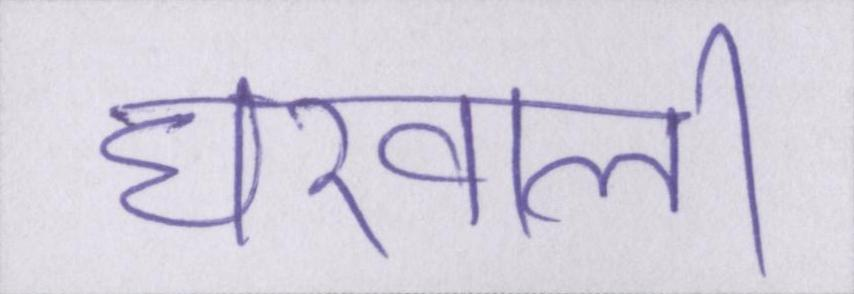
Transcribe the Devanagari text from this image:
घरवाली